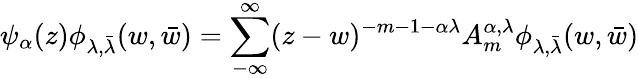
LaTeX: \psi_{\alpha}(z)\phi_{\lambda,\bar{\lambda}}(w,\bar{w})=\sum_{-\infty}^{\infty}(z-w)^{-m-1-\alpha\lambda}A_{m}^{\alpha,\lambda}\phi_{\lambda,\bar{\lambda}}(w,\bar{w})